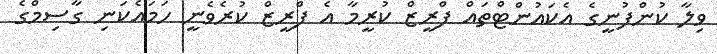
ވިލާ ކުންފުނީގެ އެކައުންޓްތައް ފްރީޒް ކުރީމާ އެ ފްރީޒް ކުރެވެނީ ހަމައެކަނި ގާސިމްގެ